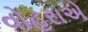
વોહરાએ